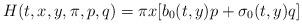
LaTeX: \begin{align*}H(t,x,y,\pi,p,q)= \pi x [b_0(t,y)p + \sigma_0(t,y)q]\end{align*}